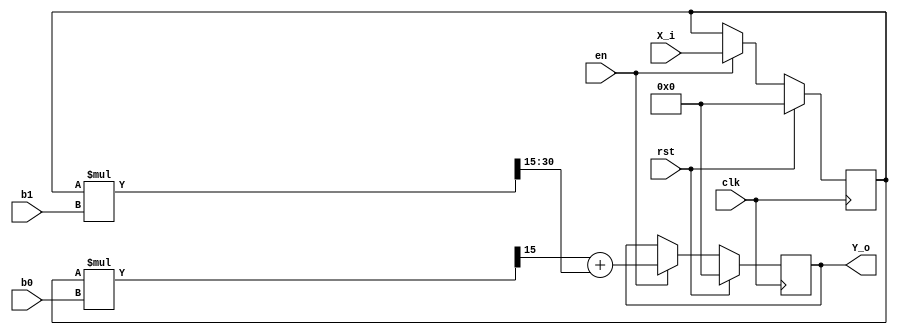
/*
============ FIR filter ====================
*/
module FIR  
  (
    input         clk,
    input         rst,
    input         en,
    input  signed [15:0] X_i,
    input  signed [15:0] b0,
    input  signed [15:0] b1,
    output signed [15:0] Y_o
);
  
  reg signed [15:0] X1;

  reg  signed [15:0] Yt;

  wire  signed [2*15:0] prod; 
  wire  signed [2*15:0] prod2; 


  assign prod1 =  (X1*b0) >>> 15;
  assign prod2 =  (X1*b1) >>> 15;

  assign Y_o = Yt;


  always@(posedge clk) begin
    if(rst ==1'b1) 
    begin
      X1 <= 0;
      Yt <= 0;
    end
    else if(en == 1) begin 
      X1 <= X_i;
      Yt <= prod1+ prod2;
    end
    end

endmodule